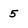
Character: 5